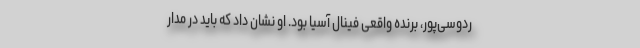
ردوسی‌پور، برنده واقعی فینال آسیا بود. او نشان داد که باید در مدار